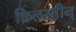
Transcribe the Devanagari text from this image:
फ़िलस्त़ीन्